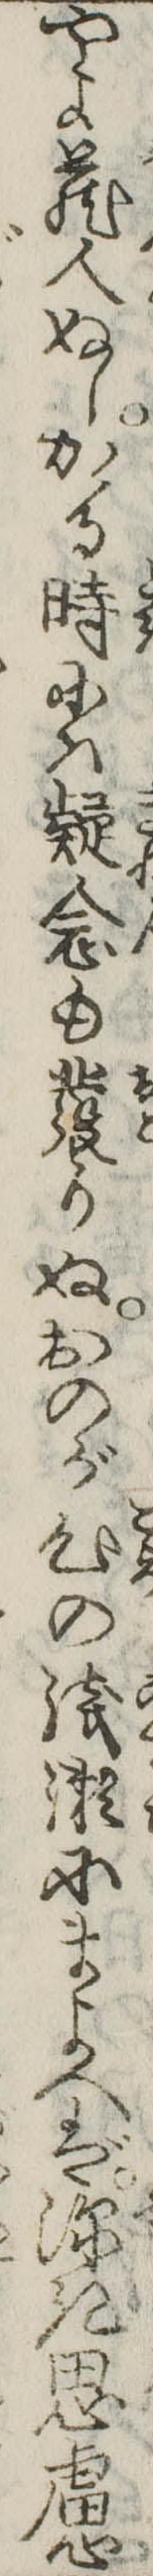
やよ蔵人ぬしかゝる時には疑念も発りぬおのが心の浅瀬にまよへば深き思慮